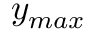
y _ { m a x }